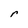
Character: r